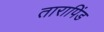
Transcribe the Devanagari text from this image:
तारापिंड